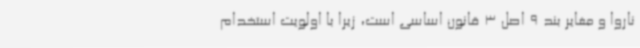
ناروا و مغایر بند 9 اصل 3 قانون اساسی است، زیرا با اولویت استخدام